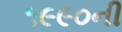
૧૯૯૦ની